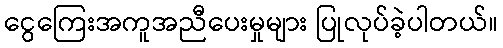
ငွေကြေးအကူအညီပေးမှုများ ပြုလုပ်ခဲ့ပါတယ်။